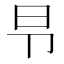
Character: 𰆌